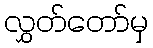
လွှတ်တော်မှ